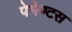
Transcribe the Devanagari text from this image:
पेमेण्टस